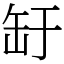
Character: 䍂